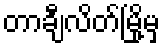
တာချီလိတ်မြို့မှ